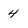
Character: 4